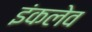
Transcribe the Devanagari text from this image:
इंकलेव